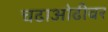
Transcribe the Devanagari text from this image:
चढाओढीवर